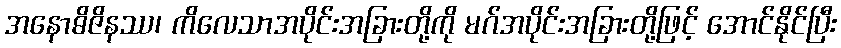
အနောဓိဇိနဿ၊ ကိလေသာအပိုင်းအခြားတို့ကို မဂ်အပိုင်းအခြားတို့ဖြင့် အောင်နိုင်ပြီး